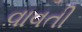
વાવતી